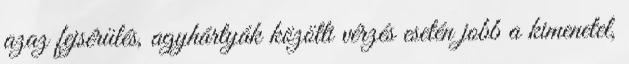
azaz fejsérülés, agyhártyák közötti vérzés esetén jobb a kimenetel,